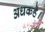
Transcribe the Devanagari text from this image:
अधकहै।